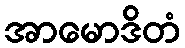
အာမောဒိတံ